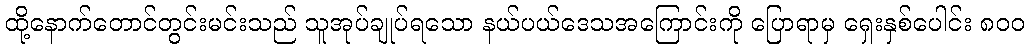
ထို့နောက်တောင်တွင်းမင်းသည် သူအုပ်ချုပ်ရသော နယ်ပယ်ဒေသအကြောင်းကို ပြောရာမှ ရှေးနှစ်ပေါင်း ၈၀၀